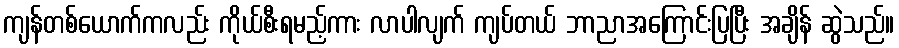
ကျန်တစ်ယောက်ကလည်း ကိုယ်စီးရမည့်ကား လာပါလျက် ကျပ်တယ် ဘာညာအကြောင်းပြပြီး အချိန် ဆွဲသည်။